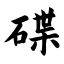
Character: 碟